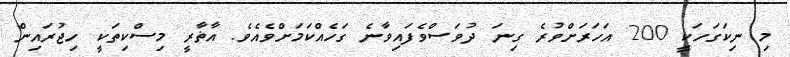
މި ނިކަގަހަކީ 200 އަހަރަށްވުރެ ގިނަ ދުވަސްވެފައިވާނެ ގަހެއްކަމަށްވެއެވެ. އާޡާރީ މިސްކިތަކީ ހިޖުރައިން